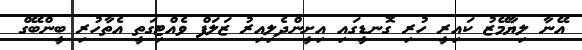
އޭނާ ލިޔާމޭޒު ކައިރީ ހުރި ގޮނޑީގައި އިށީންދެލިއިރު ޒަލަފް ވެއްޓިގަތީ އެތާހުރި ބީންބޭގް